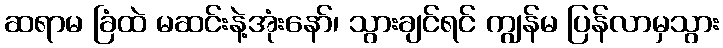
ဆရာမ ခြံထဲ မဆင်းနဲ့အုံးနော်၊ သွားချင်ရင် ကျွန်မ ပြန်လာမှသွား